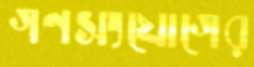
গণসংযোগের